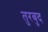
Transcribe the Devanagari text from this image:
तुरबुद